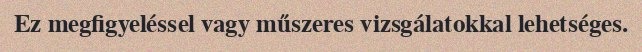
Ez megfigyeléssel vagy műszeres vizsgálatokkal lehetséges.